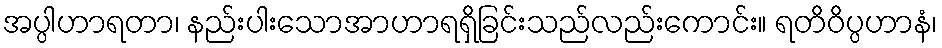
အပ္ပါဟာရတာ၊ နည်းပါးသောအာဟာရရှိခြင်းသည်လည်းကောင်း။ ရတိဝိပ္ပဟာနံ၊